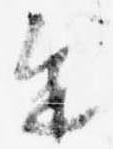
進